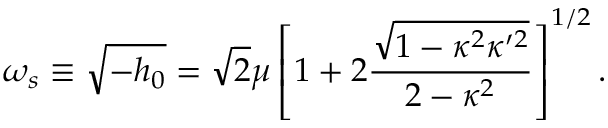
\omega _ { s } \equiv \sqrt { - h _ { 0 } } = \sqrt { 2 } \mu \left[ 1 + 2 \frac { \sqrt { 1 - \kappa ^ { 2 } \kappa ^ { \prime 2 } } } { 2 - \kappa ^ { 2 } } \right] ^ { 1 / 2 } .